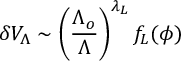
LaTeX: \delta V _ { \Lambda } \sim \left( \frac { \Lambda _ { o } } { \Lambda } \right) ^ { \lambda _ { L } } f _ { L } ( \phi )